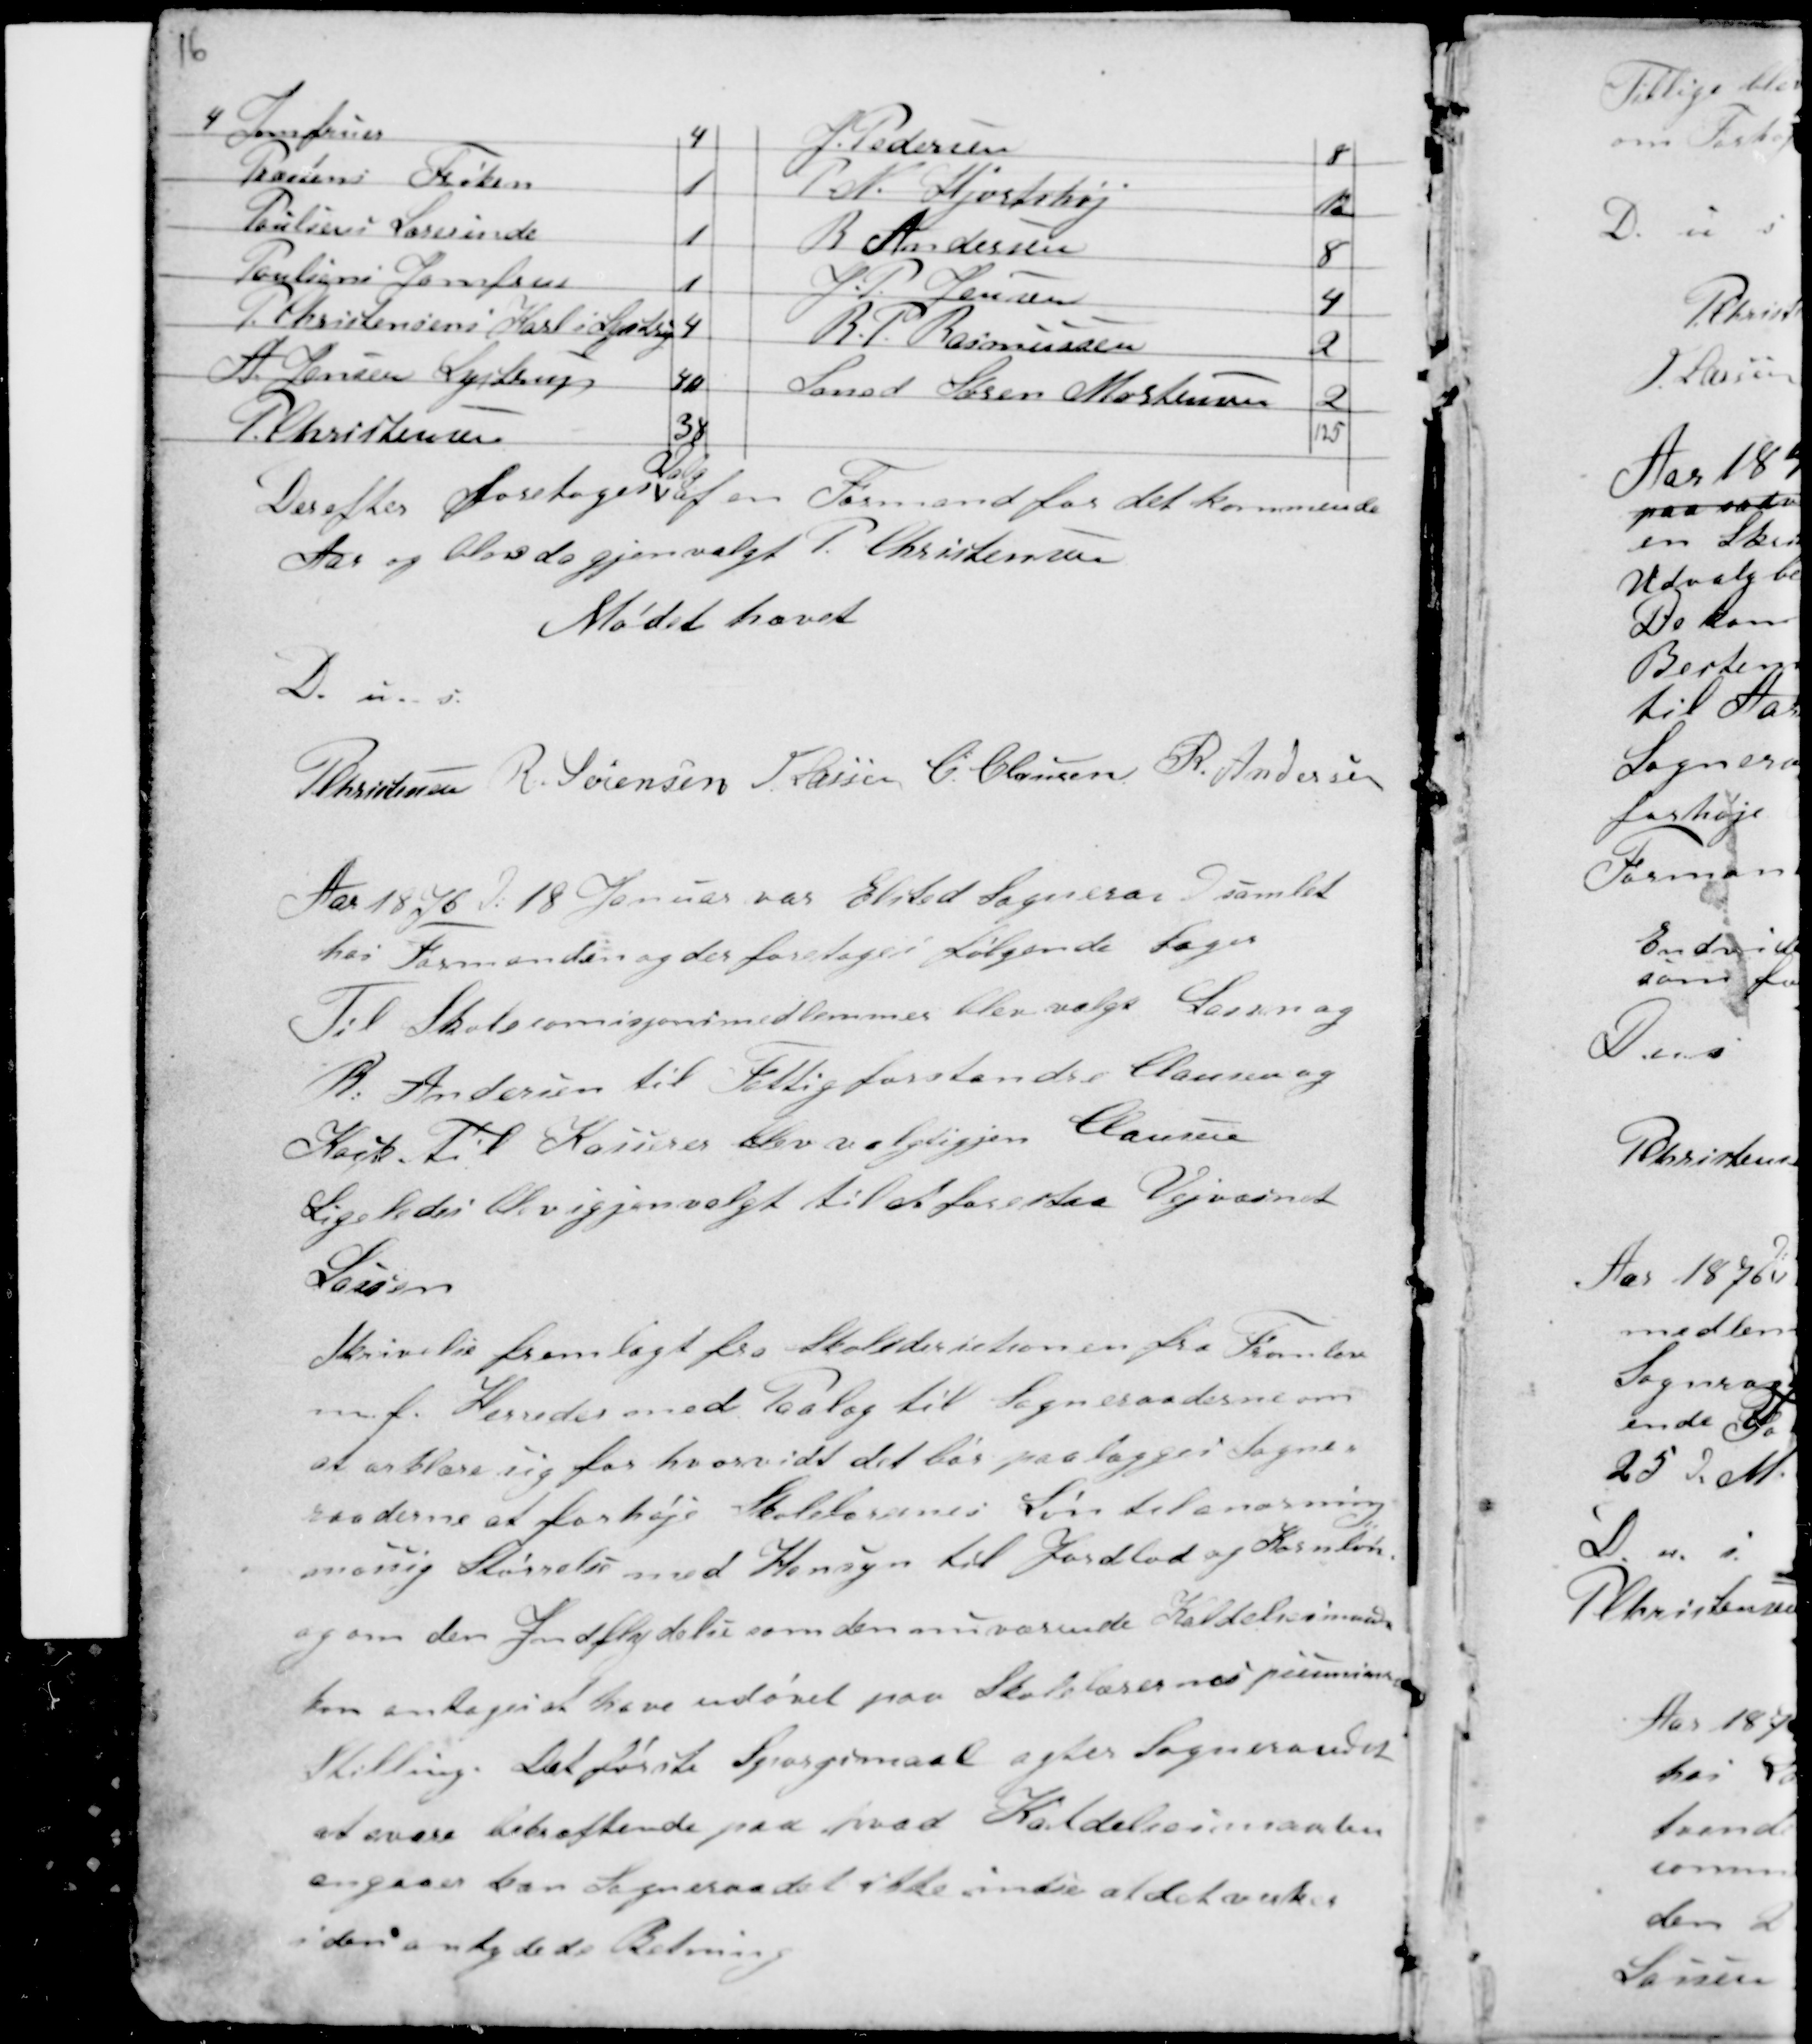
Transskription:
16

Derefter foretoges
Valg
af en Formand for det kommende
Aar og blev da gjenvalgt P. Christensen
Mødet hævet
D. u. s.
PChristensen R. Sørensen H Lassen C Clausen R. Andersen

Aar 1876 d. 18 Januar var Elsted Sogneraad samlet
hos Formanden og der foretoges følgende Sager
Til Skolecomisjonsmedlemmer blev valgt Lassen og
R. Andersen til Fattigforstandre Clausen og
Kock. Til Kasserer blev valgtigjen Clausen
Ligeledes blev gjenvalgt til at forestaa Vejvæsnet
Lassen
Skrivelse fremlagt fra Skoledirectionen fra Framlev
mf. Herreder med Paalæg til Sogneraaderne om
at erklære sig for hvorvidt det bør paalægges Sogne-
raaderne at forhøje Skolelærernes Løn til an...ning
mæssig Størrelse med Hensyn til Jordlod og Kornløn
og om den Indflydelse som den nuværende Kaldelsesmaal
kan antages at have udøvet paa Skolelærernes peunsions
Skilling. Det første Spørgsmaal agter Sogneraadet
at svare bekræftende paa hvad Kaldelsesmaalen
angaar kan Sogneraadet ikke indse at det virker
i den antydede Retning